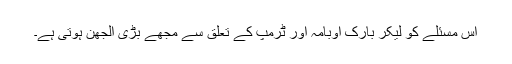
اس مسئلے کو لیکر بارک اوبامہ اور ٹرمپ کے تعلق سے مجهے بڑى الجهن ہوتى ہے۔